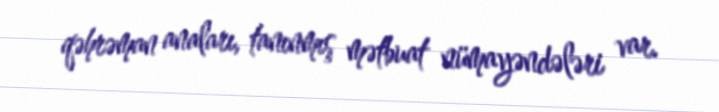
qəhrəman anaları, tanınmış mətbuat nümayəndələri var.